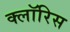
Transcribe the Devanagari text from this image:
क्लॉरिस